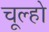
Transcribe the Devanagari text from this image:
चूल्हो